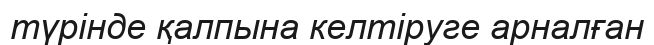
түрінде қалпына келтіруге арналған